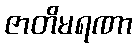
ဇာတိမရဏာ